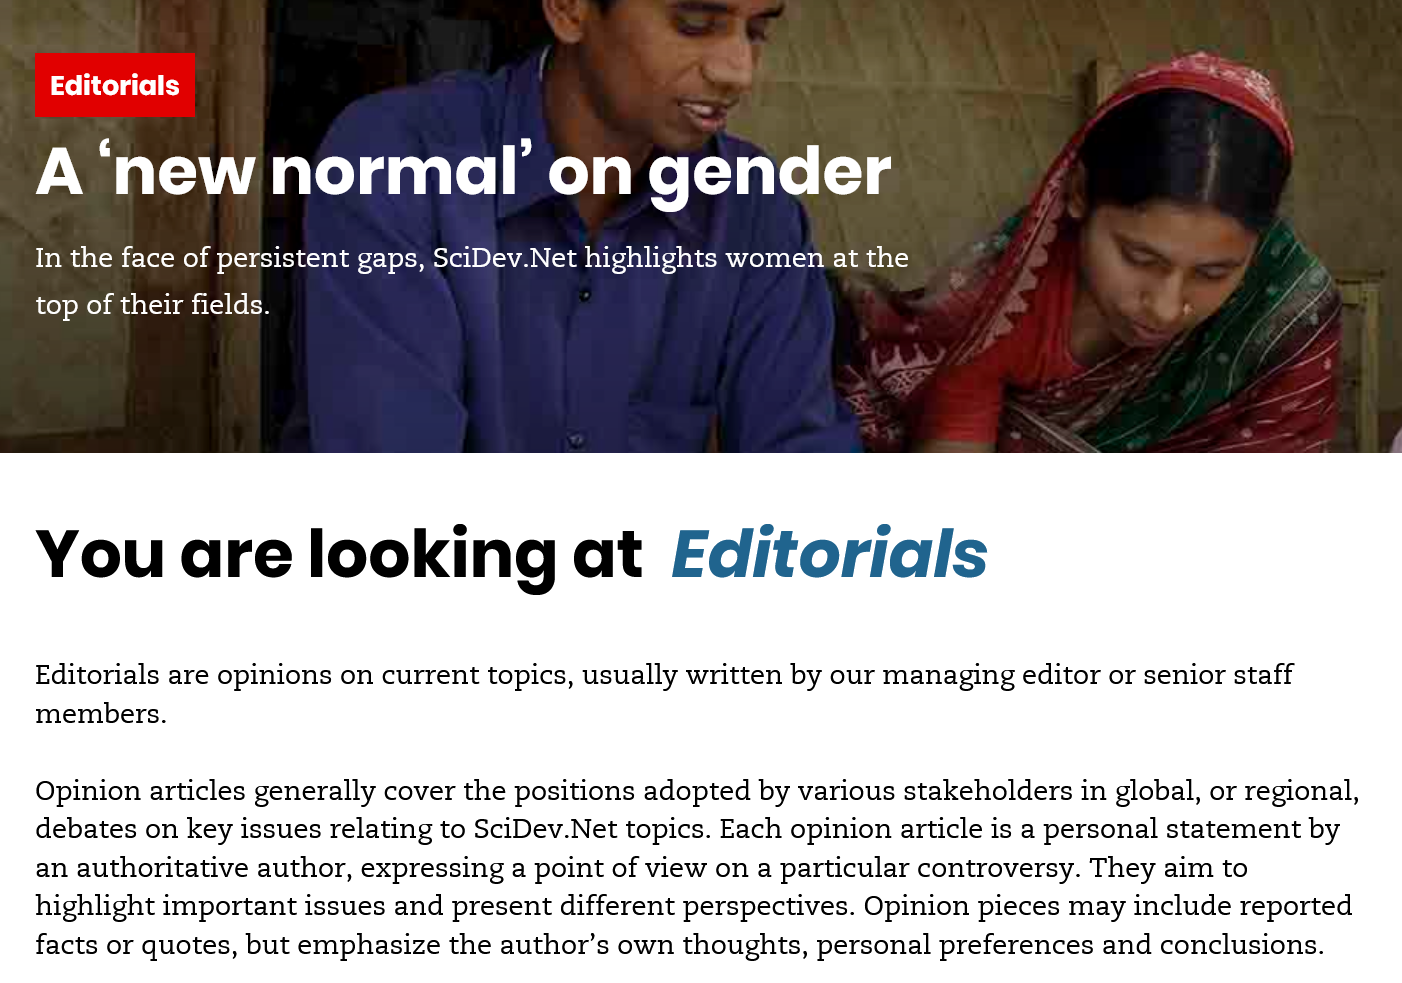
A   ‘new    normal’    on    gender
   In the face of persistent gaps, SciDev.Net highlights women at the
   top of their fields.
    Editorials
   You    are    looking    at    Editorials
   Editorials are opinions on current topics, usually written by our managing editor or senior staff
   members.
   Opinion articles generally cover the positions adopted by various stakeholders in global, or regional,
   debates on key issues relating to SciDev.Net topics. Each opinion article is a personal statement by
   an authoritative author, expressing a point of view on a particular controversy. They aim to
   highlight important issues and present different perspectives. Opinion pieces may include reported
   facts or quotes, but emphasize the author’s own thoughts, personal preferences and conclusions.